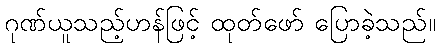
ဂုဏ်ယူသည့်ဟန်ဖြင့် ထုတ်ဖော် ပြောခဲ့သည်။